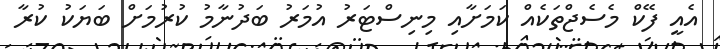
އެއީ ފޭކް މެސެޖްތަކެއް ކަމަށާއި މިނިސްޓަރު އުމަރު ބަދުނާމު ކުރުމަށް ބަޔަކު ކުރާ